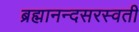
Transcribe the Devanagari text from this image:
ब्रह्मानन्दसरस्वती